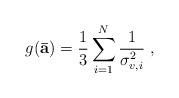
LaTeX: \begin{align*}g(\mathbf{\bar{a}})=\frac{1}{3}\sum_{i=1}^N\frac{1}{\sigma_{v,i}^2}\;,\end{align*}